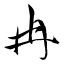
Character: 冉